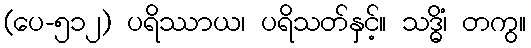
(ပေ-၅၁၂) ပရိဿာယ၊ ပရိသတ်နှင့်။ သဒ္ဓိံ၊ တကွ။